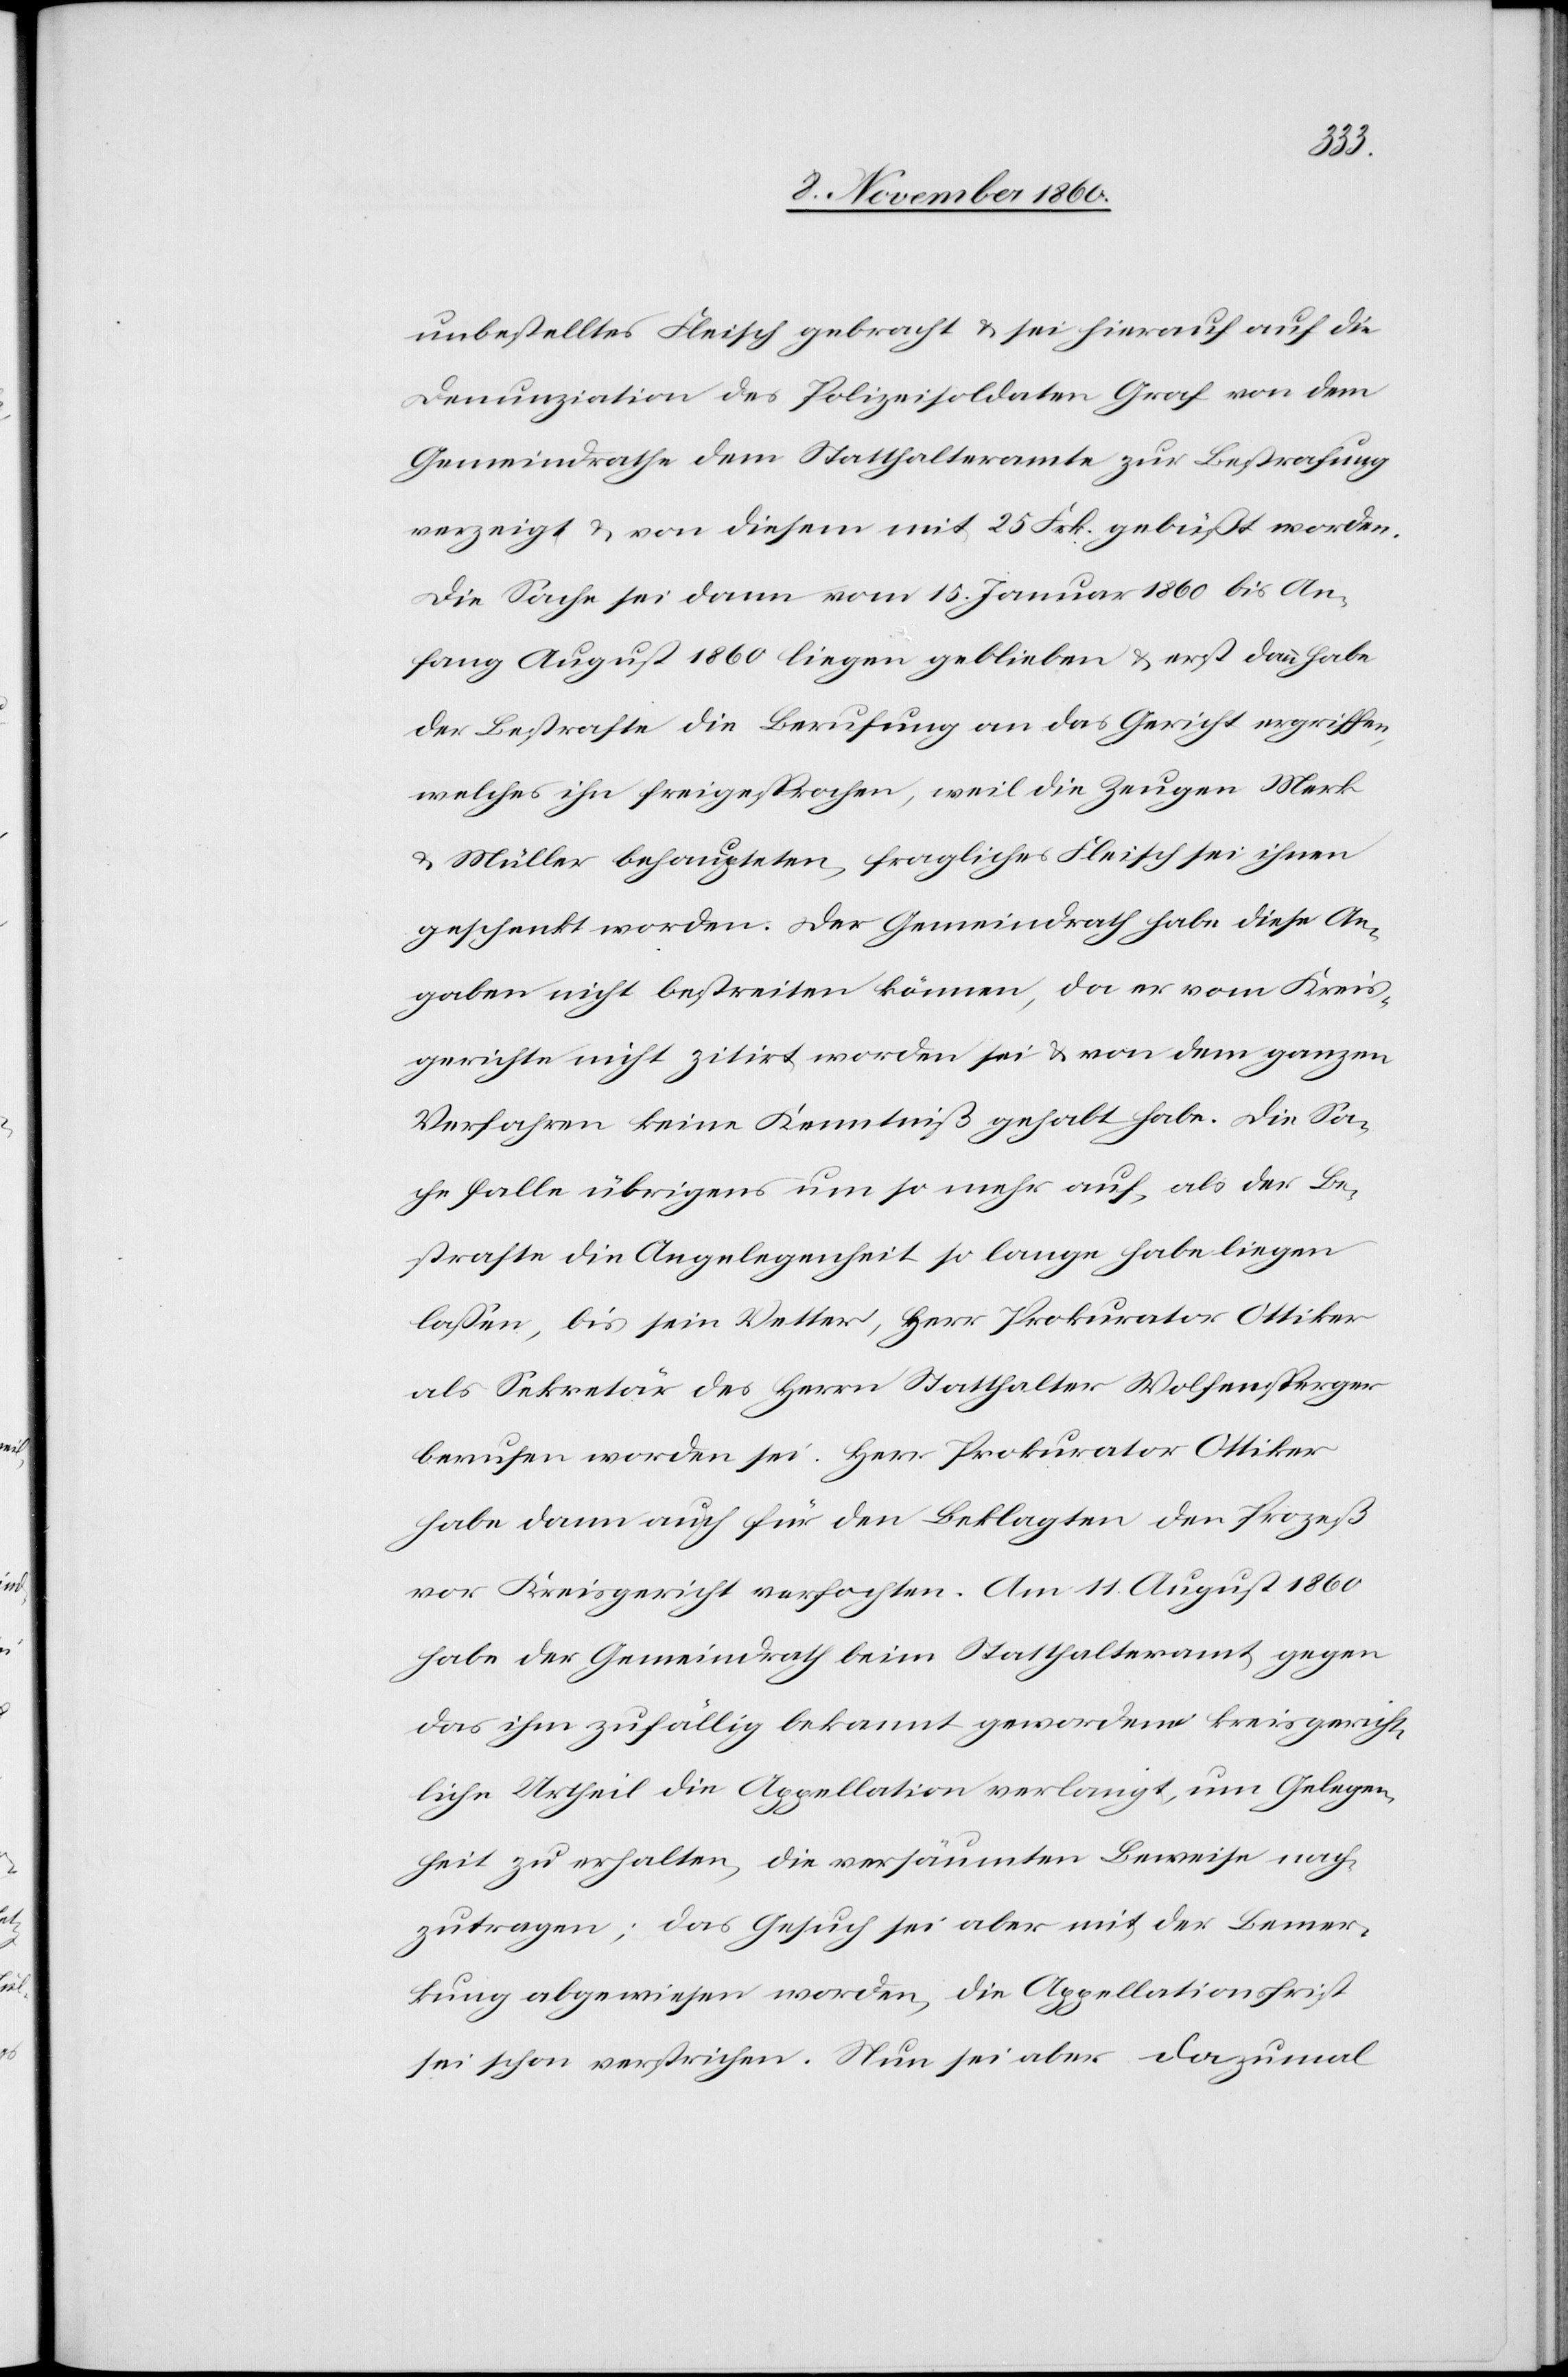
ger
unbestelltes Fleisch gebracht u. sei hierauf auf die
Denunziation des Polizeisoldaten Graf von dem
Gemeindrathe dem Statthalteramte zur Bestrafung
verzeigt u. von diesem mit 25 Frk. gebüßt worden.
Die Sache sei dann vom 15. Januar 1860 bis An¬
fang August 1860 liegen geblieben u. erst dann habe
der Bestrafte die Berufung an das Geicht ergriffen,
welches ihn freigesprochen, weil die Zeugen Merk
u. Müller behaupteten, fragliches Fleisch sei ihnen
geschenkt worden. Der Gemeindrath habe diese An¬
gaben nicht bestreiten können, da er vom Kreis¬
gerichte nicht zitirt worden sei u. von dem ganzen
Verfahren keine Kenntniß gehabt habe. Die Sa¬
che falle übrigens um so mehr auf, als der Be¬
strafte die Angelegenheit so lange habe liegen
lassen, bis sein Vetter, Herr Prokurator Wolfensper¬
berufen worden sei. Herr Prokurator Ottiker
habe dann auch für den Beklagten den Prozeß
vor Kreisgericht verfochten. Am 11. August 1860
habe der Gemeindrath beim Statthalteramt gegen
das ihm zufällig bekannt gewordene kreisgericht¬
liche Urtheil die Appellation verlangt, um Gelegen¬
heit zu erhalten, die versäumten Beweise nach
zutragen; das Gesuch sei aber mit der Bemer¬
kung abgewiesen worden, die Appellationsfrist
sei schon verstrichen. Nun sei aber dazumal